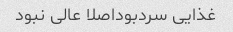
غذایی سردبوداصلا عالی نبود